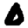
Digit: 0